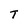
Character: T